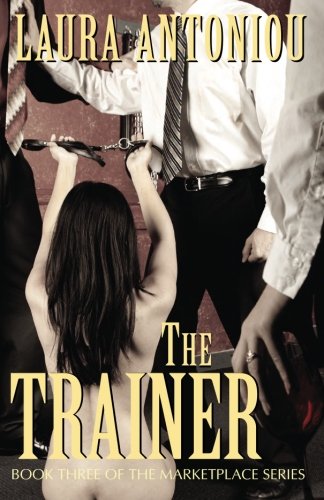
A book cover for The Trainer (The Marketplace Series) (Volume 3); Laura Antoniou; Romance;